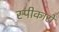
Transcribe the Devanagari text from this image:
स्पीकारों